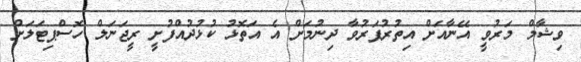
ވިޝާމް މަރުވީ އޭނާއަށް އިތުރުފަރުވާ ދިނުމަށް އެ އަތޮޅު ކުޅުދުއްފުށީ ރީޖަނަލް ހޮސްޕިޓަލަށް